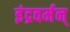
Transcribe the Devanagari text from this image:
इंद्रवर्मन्‌